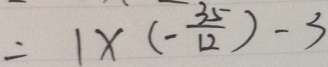
= 1 \times ( - \frac { 3 5 } { 1 2 } ) - 3